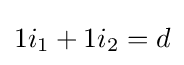
1i_{1}+1i_{2}=d